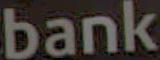
bank